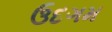
ઉદગમ